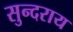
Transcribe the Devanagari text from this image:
सुन्दराय